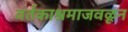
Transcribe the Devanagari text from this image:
वर्तकाश्रमाजवळून